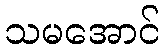
သမအောင်